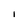
Character: i